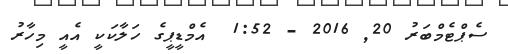
ސެޕްޓެމްބަރު 20